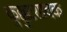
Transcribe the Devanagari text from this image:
कुक्कुटशावक